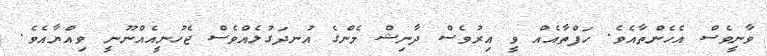
ވާނީވެސް އެހެންތާއެވެ. ހަފްތާއެއް ވީ އިރުވެސް ދާނިޝް މެންގެ އުނދަގުލެއްވެސް ޖެހުނީއެއްނޫނީ ވިއްޔާއެވެ.